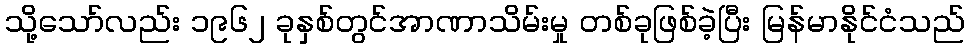
သို့သော်လည်း ၁၉၆၂ ခုနှစ်တွင်အာဏာသိမ်းမှု တစ်ခုဖြစ်ခဲ့ပြီး မြန်မာနိုင်ငံသည်